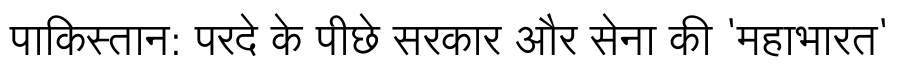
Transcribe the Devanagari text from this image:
पाकिस्तान: परदे के पीछे सरकार और सेना की 'महाभारत'